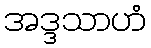
အဒ္ဒသာဟံ